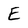
Character: E